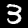
Label: 3